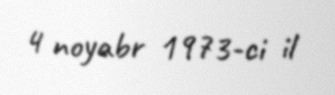
4 noyabr 1973-ci il